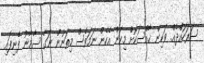
ސަރަހައްދެއް. ވަކިން ޚާއްސަކޮށް މިކަން އެހެން ނަމަވެސް މިތަނުން ނަގާ ސާމާނު ފެނިފައި